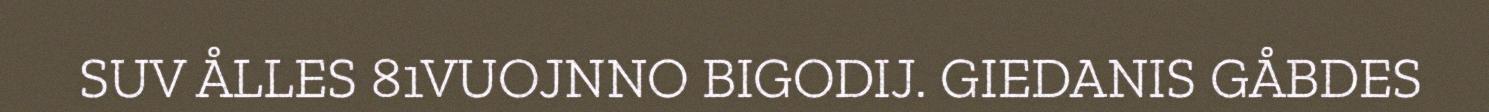
SUV ÅLLES 81VUOJNNO BIGODIJ. GIEDANIS GÅBDES